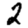
Digit: 2